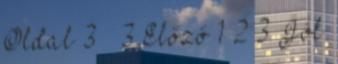
Oldal 3 3 Előző 1 2 3 Jól